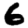
Digit: 6